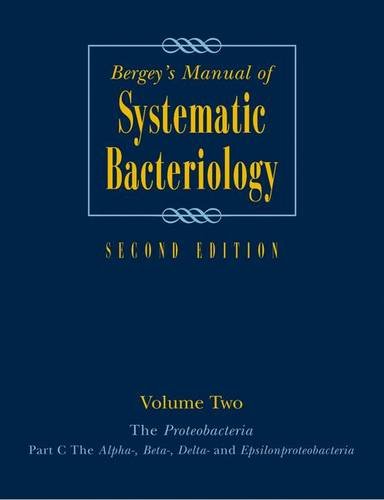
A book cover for Bergey's ManualÂ® of Systematic Bacteriology: Volume 2: The Proteobacteria, Part B: The Gammaproteobacteria (Bergey's Manual of Systematic Bacteriology (Springer-Verlag)); Medical Books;